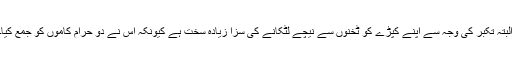
البتہ تکبر کی وجہ سے اپنے کپڑے کو ٹخنوں سے نیچے لٹکانے کی سزا زیادہ سخت ہے کیونکہ اس نے دو حرام کاموں کو جمع کیا۔